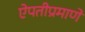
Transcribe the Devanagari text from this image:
ऐपतीप्रमाणे